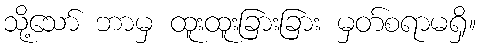
သို့သော် ဘာမှ ထူးထူးခြားခြား မှတ်စရာမရှိ။